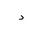
Letter: _dal